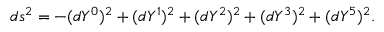
d s ^ { 2 } = - ( d Y ^ { 0 } ) ^ { 2 } + ( d Y ^ { 1 } ) ^ { 2 } + ( d Y ^ { 2 } ) ^ { 2 } + ( d Y ^ { 3 } ) ^ { 2 } + ( d Y ^ { 5 } ) ^ { 2 } .